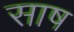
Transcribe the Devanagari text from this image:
साष